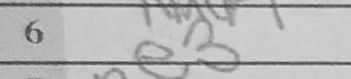
Transcription: e3